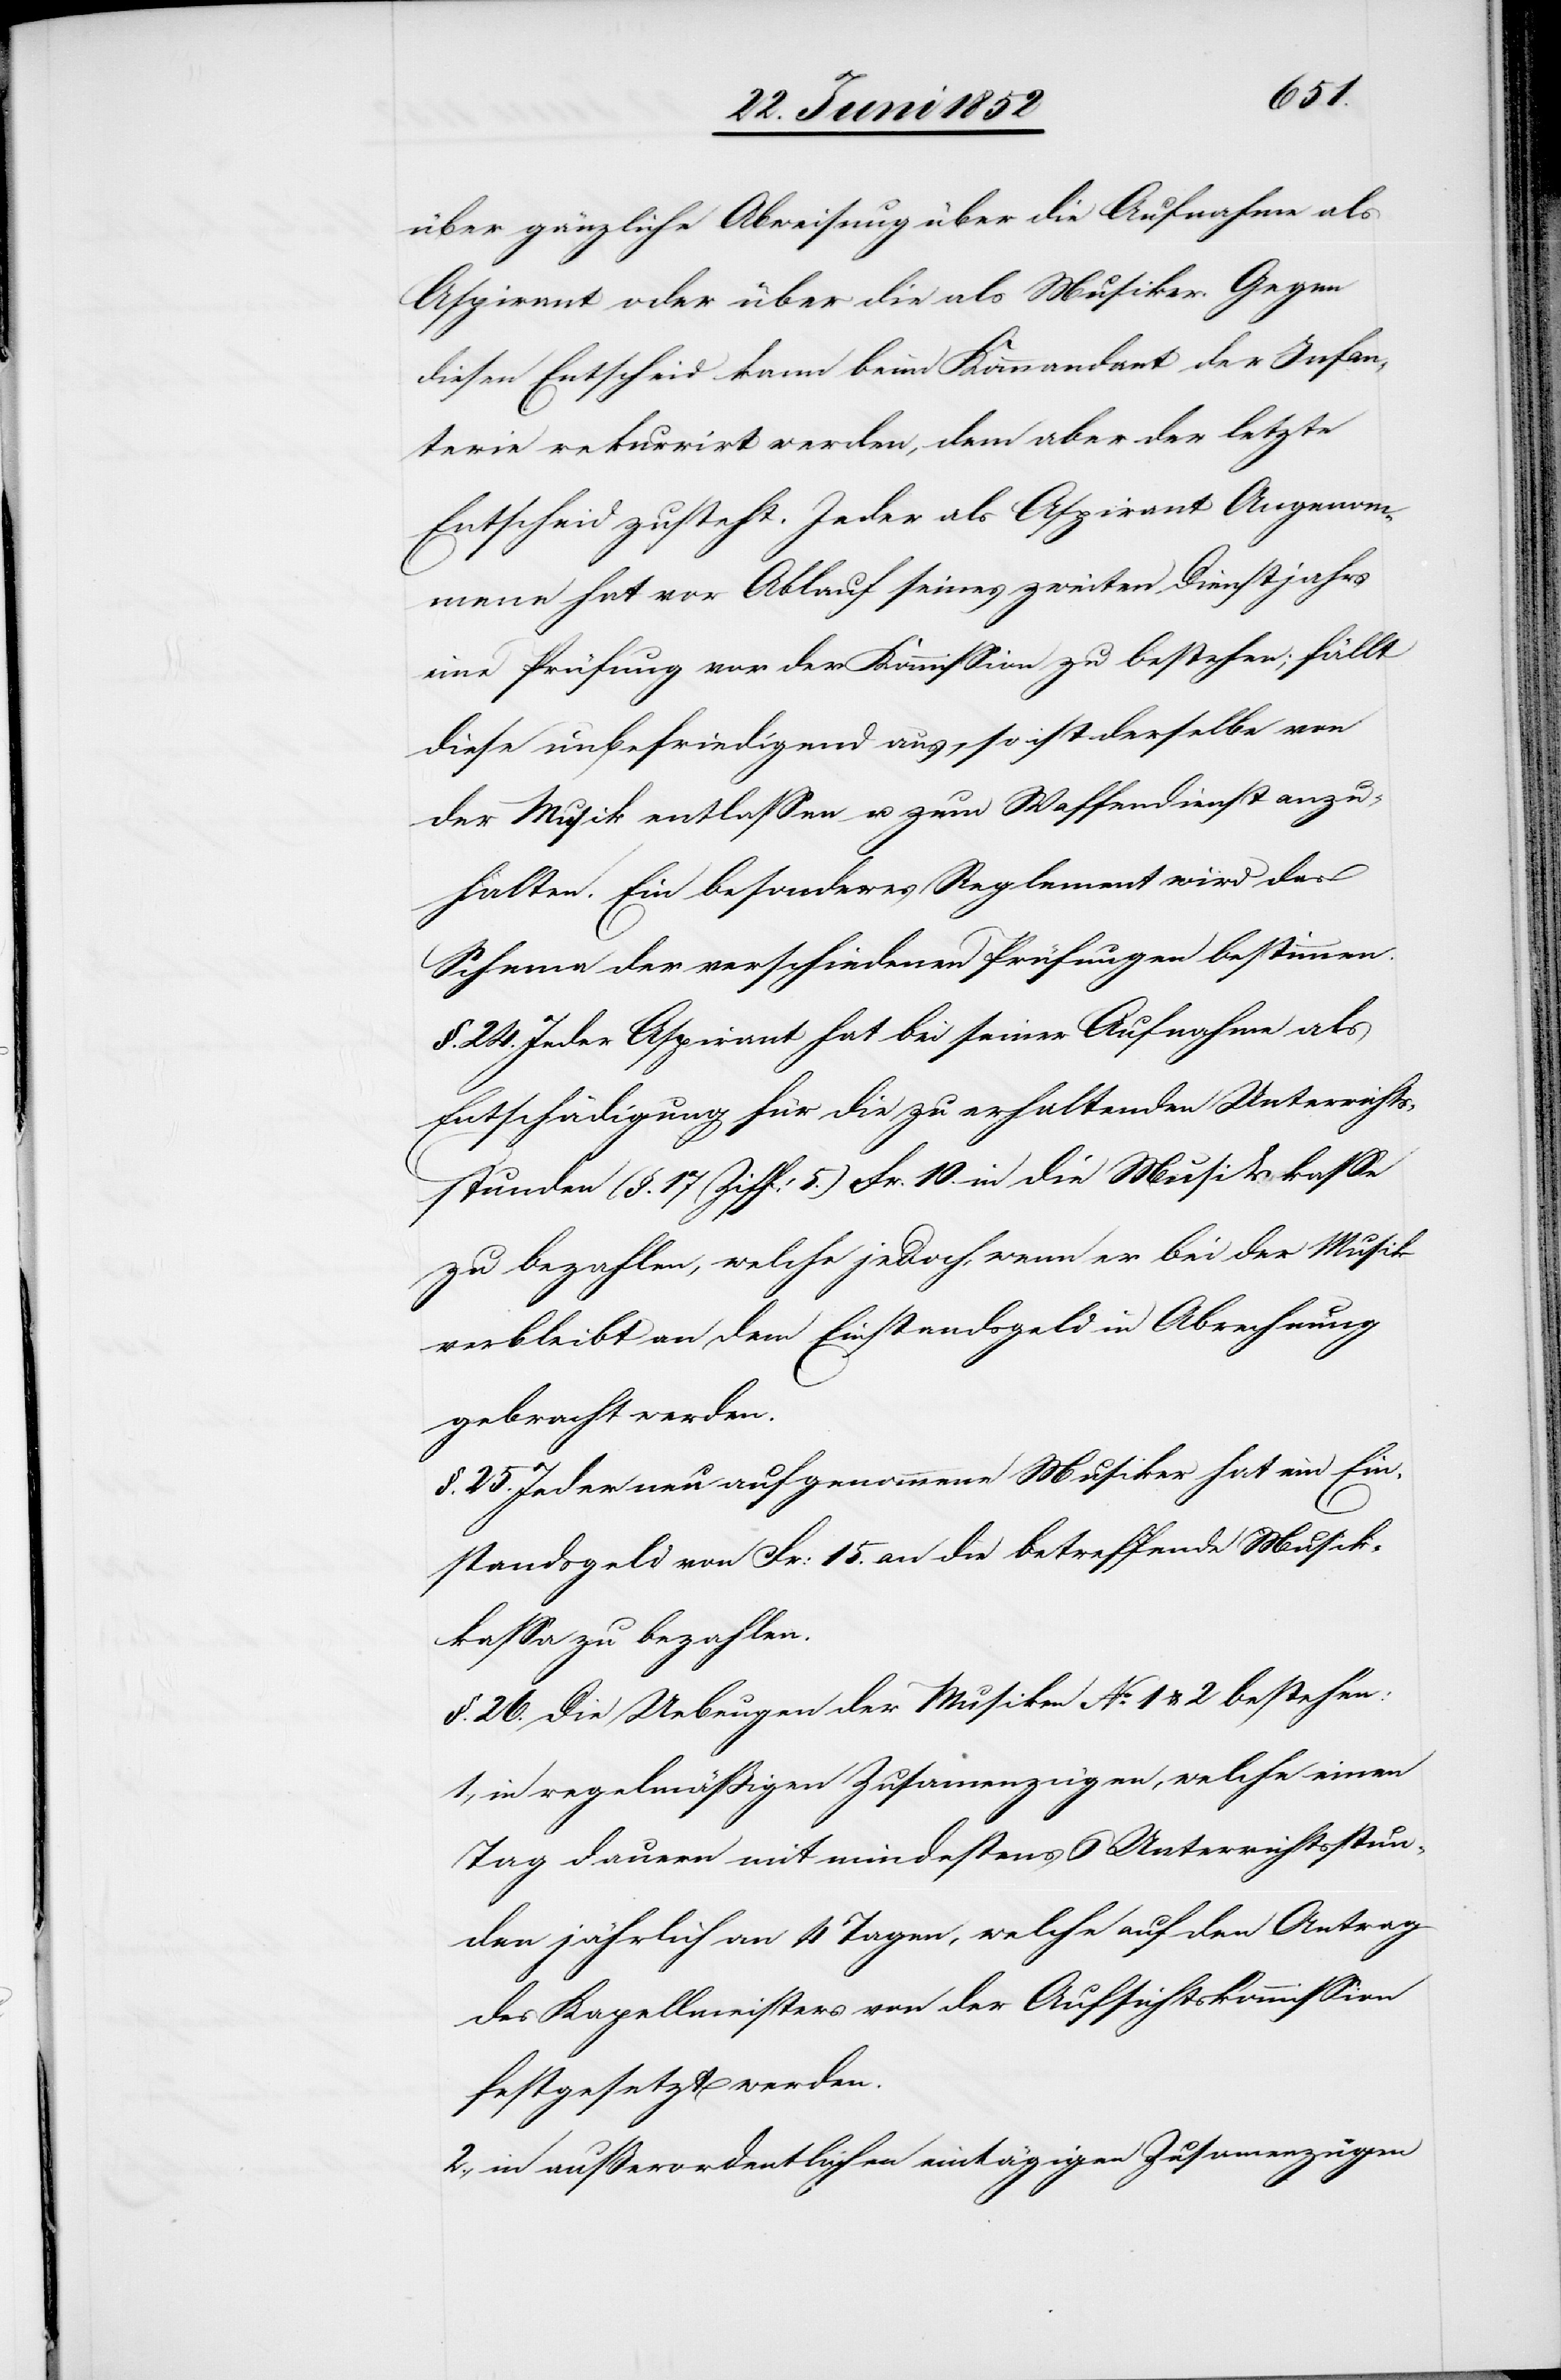
über gänzliche Abweisung[,] über die Aufnahme als
Aspirant oder über die als Musiker. Gegen
diesen Entscheid kann beim Kommandant der Infan¬
terie rekurrirt werden, dem aber der letzte
Entscheid zusteht. Jeder als Aspirant Angenom¬
mene hat vor Ablauf seines zweiten Dienstjahrs
eine Prüfung vor der Kommission zu bestehen; fällt
diese unbefriedigend aus, so ist derselbe von
der Musik entlassen u. zum Waffendienst anzu¬
halten. Ein besonderes Reglement wird das
Schema der verschiedenen Prüfungen bestimmen.
§. 24. Jeder Aspirant hat bei seiner Aufnahme als
Entschädigung für die zu erhaltenden Unterrichts¬
stunden (§. 17 Ziff: 5.) Fr. 10. in die Musikkasse
zu bezahlen, welche jedoch, wenn er bei der Musik
verbleibt an dem Einstandsgeld in Abrechnung
gebracht werden.
§. 25. Jeder neu aufgenommene Musiker hat ein Ein¬
standsgeld von Fr: 15. an die betreffende Musik¬
kassa zu bezahlen.
§. 26. Die Uebungen der Musiken No. 1 & 2 bestehen:
in regelmäßigen Zusamenzügen, welche einen
Tag dauern mit mindestens 6 Unterrichtsstun¬
den jährlich an 4 Tagen, welche auf den Antrag
des Kapellmeisters von der Aufsichtskommission
festgesetzt werden.
in außerordentlichen eintägigen Zusamenzügen